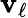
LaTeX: \mathbf{v}_{\ell}